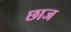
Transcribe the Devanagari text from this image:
छाज